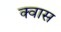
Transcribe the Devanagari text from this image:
क्वास